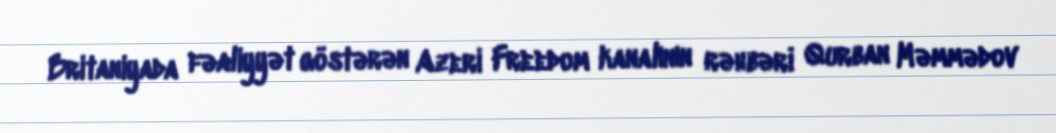
Britaniyada fəaliyyət göstərən Azeri Freedom kanalının rəhbəri Qurban Məmmədov